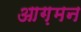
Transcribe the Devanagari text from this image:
आग़मन